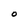
Character: O